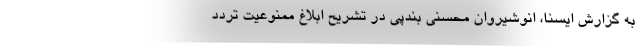
به گزارش ایسنا، انوشیروان محسنی بندپی در تشریح ابلاغ ممنوعیت تردد